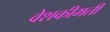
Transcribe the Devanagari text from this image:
वेशकीमती